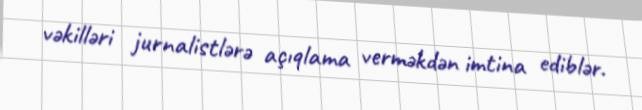
vəkilləri jurnalistlərə açıqlama verməkdən imtina ediblər.